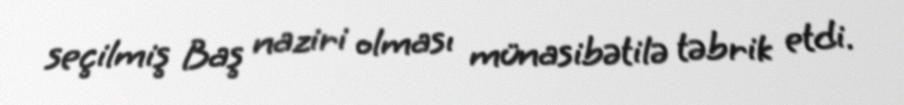
seçilmiş Baş naziri olması münasibətilə təbrik etdi.